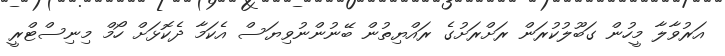
އަރުވާލާ މީހުން ގަބޫލުކުރަން ރަށްރަށުގެ ރައްޔިތުން ބޭނުންނުވިޔަސް އެކަމާ ދެކޮޅަށް ހޯމް މިނިސްޓްރީ